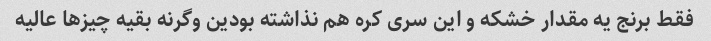
فقط برنج یه مقدار خشکه و این سری کره هم نذاشته بودین وگرنه بقیه چیزها عالیه